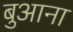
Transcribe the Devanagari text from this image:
बुआना